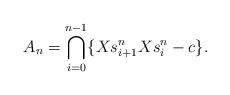
LaTeX: \begin{align*}A_n=\bigcap_{i=0}^{n-1} \{X s_{i+1}^n Xs^n_{i}-c\}.\end{align*}